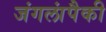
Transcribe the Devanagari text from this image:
जंगलांपैकी